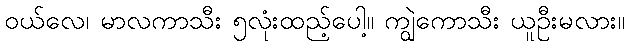
ဝယ်လေ၊ မာလကာသီး ၅လုံးထည့်ပေါ့။ ကျွဲကောသီး ယူဦးမလား။